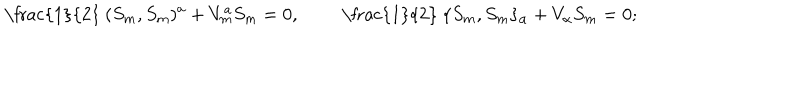
LaTeX: \mathrm { ~ \frac { 1 } { 2 } ~ } ( S _ { m } , S _ { m } ) ^ { a } + V _ { m } ^ { a } S _ { m } = 0 , \qquad \mathrm { ~ \frac { 1 } { 2 } ~ } \{ S _ { m } , S _ { m } \} _ { \alpha } + V _ { \alpha } S _ { m } = 0 ;